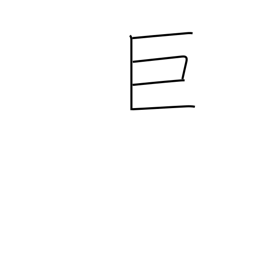
Meaning: large